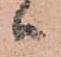
ハ